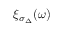
\xi _ { \sigma _ { \Delta } } ( \omega )